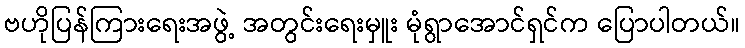
ဗဟိုပြန်ကြားရေးအဖွဲ့ အတွင်းရေးမှူး မုံရွာအောင်ရှင်က ပြောပါတယ်။